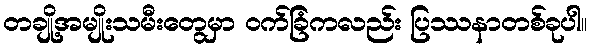
တချို့အမျိုးသမီးတွေမှာ ဝက်ခြံကလည်း ပြဿနာတစ်ခုပါ။